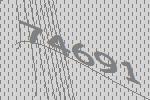
74691